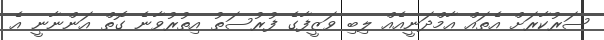
ސަރުކާރަށް އެތައް އާމްދަނީއެއް ލިބި ވަޒީފާގެ ފުރުސަތު އިތުރުވާނެ ގޮތް އަންނާނީ އެ